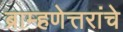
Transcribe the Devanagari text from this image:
ब्राम्हणेत्तरांचे